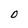
Character: O